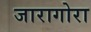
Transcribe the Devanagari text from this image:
जारागोरा